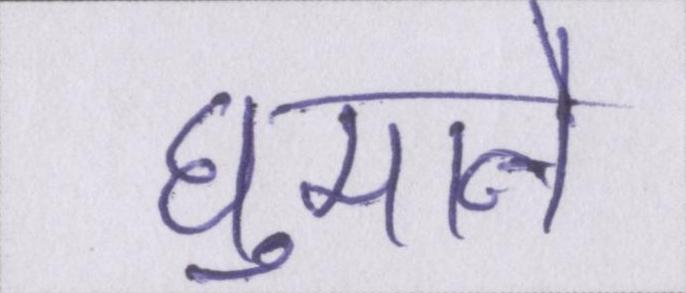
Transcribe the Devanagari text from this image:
घुमाने